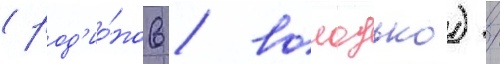
(род'ио́нов / володько) /